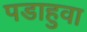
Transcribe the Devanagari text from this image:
पडाहुवा